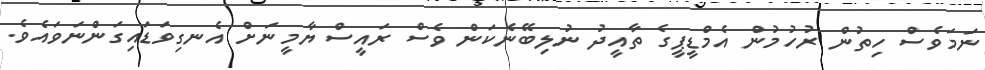
ނަމަވެސް ހިތުން ރުހުމުން އެމްޑީޕީގެ ތާއީދު ނުލިބޭނެކަން ވެސް ރައީސް ޔާމީނަށް އެނގިވަޑައިގަންނަވައެވެ.